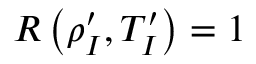
R \left( \rho _ { I } ^ { \prime } , T _ { I } ^ { \prime } \right) = 1